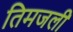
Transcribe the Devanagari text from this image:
तिमजली